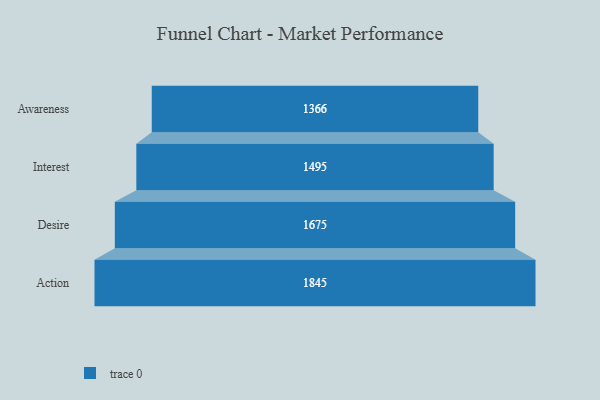
{"axis": {"x": "Stage", "y": "Value"}, "legend": [""], "data": [{"x": "Awareness", "y": 1366.0, "type": ""}, {"x": "Interest", "y": 1495.0, "type": ""}, {"x": "Desire", "y": 1675.0, "type": ""}, {"x": "Action", "y": 1845.0, "type": ""}]}